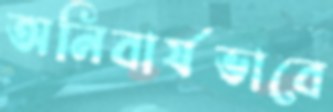
অনিবার্যভাবে